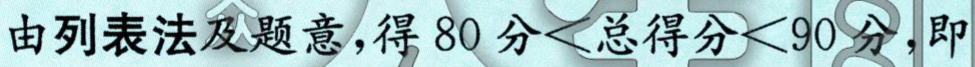
由列表法及题意,得 \(80\text{分}<总得分<90\text{分}\)，即